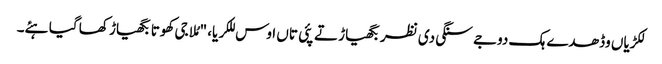
لکڑیاں وڈھدے ہک دوجے سنگی دی نظر بگھیاڑ تے پئی تاں اوس للکریا، "مُلا جی کھوتا بگھیاڑ کھا گیا ہئے۔